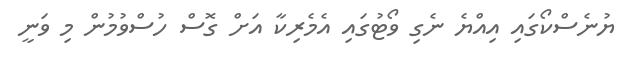
ޔުނެސްކޯގައި އިއްޔެ ނެގި ވޯޓުގައި އެމެރިކާ އަށް ގޮސް ހުސްވުމުން މި ވަނީ